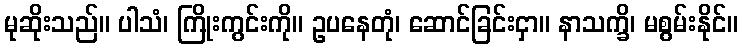
မုဆိုးသည်။ ပါသံ၊ ကြိုးကွင်းကို။ ဥပနေတုံ၊ ဆောင်ခြင်းငှာ။ နာသက္ခိ၊ မစွမ်းနိုင်။